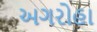
અગરોહા